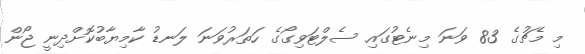
މި މެޗުގެ 83 ވަނަ މިނެޓުގައި ސެލްޓަވިގޯގެ ހަތަރުވަނަ ލަނޑު ކާމިޔާބުކޮށްދިނީ ޖޯން